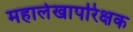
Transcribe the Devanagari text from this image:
महालेखापरिक्षक